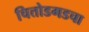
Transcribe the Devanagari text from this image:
चित्तोडगडचा